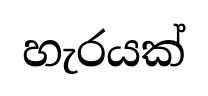
හැරයක්